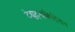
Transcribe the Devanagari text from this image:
टेह्युट्झक्विट्झिन